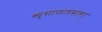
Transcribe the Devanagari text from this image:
ब्युसाफलसला